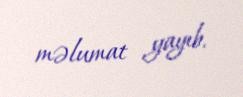
məlumat yayıb.